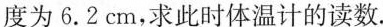
度为6.2cm，求此时体温计的读数.